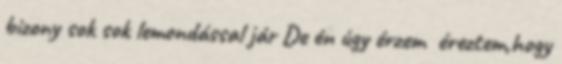
bizony sok sok lemondással jár De én úgy érzem éreztem,hogy